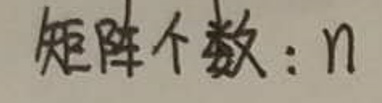
矩阵个数：$n$